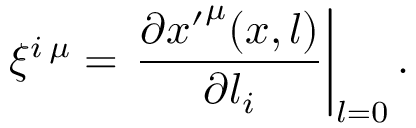
\xi ^ { i \: \mu } = \left. \frac { \partial { x ^ { \prime } } ^ { \mu } ( x , l ) } { \partial l _ { i } } \right| _ { l = 0 } .